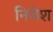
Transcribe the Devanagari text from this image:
निमेश